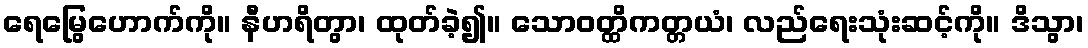
ရေမြွေဟောက်ကို။ နီဟရိတွာ၊ ထုတ်ခဲ့၍။ သောဝတ္ထိကတ္တယံ၊ လည်ရေးသုံးဆင့်ကို။ ဒိသွာ၊